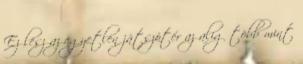
Ez lesz az egyetlen játszótér az alig több mint